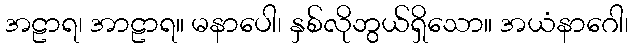
အဠာရ၊ အာဠာရ။ မနာပေါ၊ နှစ်လိုဘွယ်ရှိသော။ အယံနာဂေါ၊